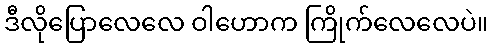
ဒီလိုပြောလေလေ ဝါဟောက ကြိုက်လေလေပဲ။